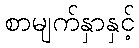
စာမျက်နှာနှင့်